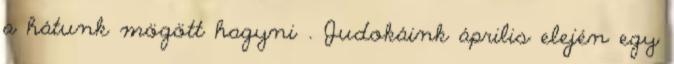
a hátunk mögött hagyni . Judokáink április elején egy